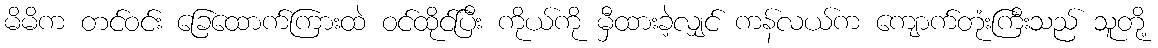
မိမိက တင်ဝင်း ခြေထောက်ကြားထဲ ဝင်ထိုင်ပြီး ကိုယ်ကို မှီထားခဲ့လျှင် ကန်လယ်က ကျောက်တုံးကြီးသည် သူတို့